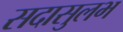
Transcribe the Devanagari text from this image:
सदासुलभ